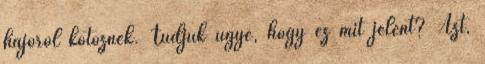
hajóról kötöznek. Tudjuk ugye, hogy ez mit jelent? Azt,